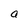
Character: a